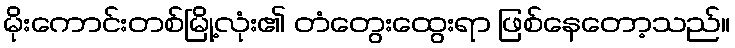
မိုးကောင်းတစ်မြို့လုံး၏ တံတွေးထွေးရာ ဖြစ်နေတော့သည်။